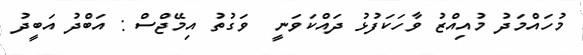
މުހައްމަދު މުއިއްޒު ވާހަކަފުޅު ދައްކަވަނީ  ވަގުތު އިމޭޖްސް : އަބްދު އަބީދު